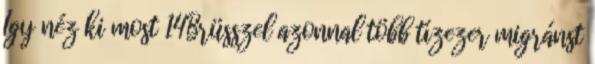
Így néz ki most 14Brüsszel azonnal több tízezer migránst